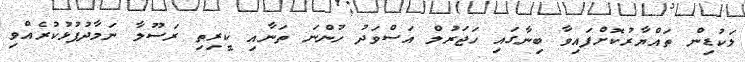
ލަކުޑިން ތައްޔާރުކޮށްފައިވާ ބިނާގައި ހަޖަރުލް އަސްވަދު ހުންނަ ތަނާއި ކީރިތި ރަސޫލާ ނަމާދުފުޅުކުރެއްވި